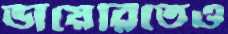
ডায়েরিতেও